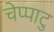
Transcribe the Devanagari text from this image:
चेप्पाटु